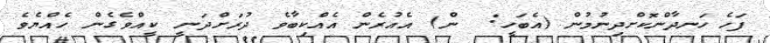
ފަހެ ހަނދާންކޮށްދިނުމުން (އެބަހީ:  ން) އެއުރެން އެއްކިބާވެ ދުރަށްދަނީ ކީއްވެގެން ހެއްޔެވެ